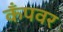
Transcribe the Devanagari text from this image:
कँपवर